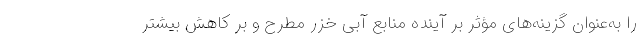
را به‌عنوان گزینه‌های مؤثر بر آینده منابع آبی خزر مطرح و بر کاهش بیشتر